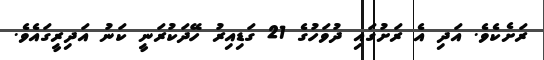
ރަށެކެވެ. އަދި އެ ރަށުގައި ދުވަހުގެ 21 ގަޑިއިރު ހޭދަކުރަނީ ކަނު އަދިރީގައެވެ.